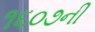
૧૬૦૭ની